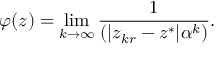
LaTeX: \varphi ( z ) = \operatorname* { l i m } _ { k \to \infty } { \frac { 1 } { ( | z _ { k r } - z ^ { * } | \alpha ^ { k } ) } } .